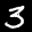
Label: 3